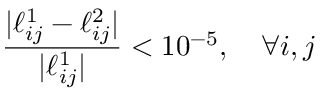
\frac { | \ell _ { i j } ^ { 1 } - \ell _ { i j } ^ { 2 } | } { | \ell _ { i j } ^ { 1 } | } < 1 0 ^ { - 5 } , \quad \forall i , j